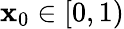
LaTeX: \mathbf{x}_{0}\in[0,1)